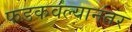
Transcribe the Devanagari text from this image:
फडकवल्यानंतर